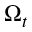
\Omega _ { t }